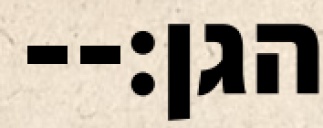
הגן׃--